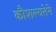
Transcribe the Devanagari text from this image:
कौशल्यतेने